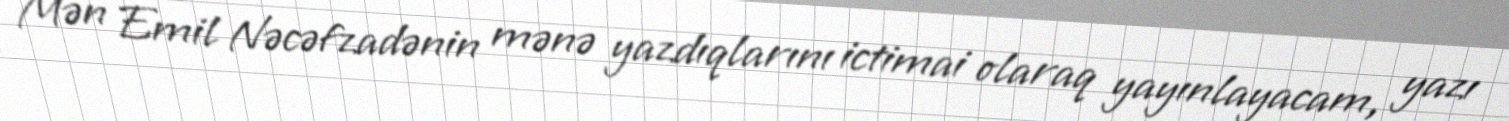
Mən Emil Nəcəfzadənin mənə yazdıqlarını ictimai olaraq yayınlayacam, yazı